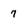
Character: 7